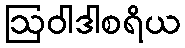
ဩဝါဒါစရိယ